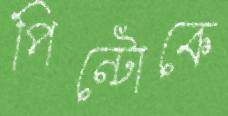
পিন্টোকে